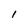
Character: I